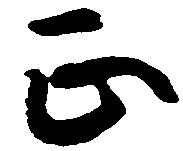
正